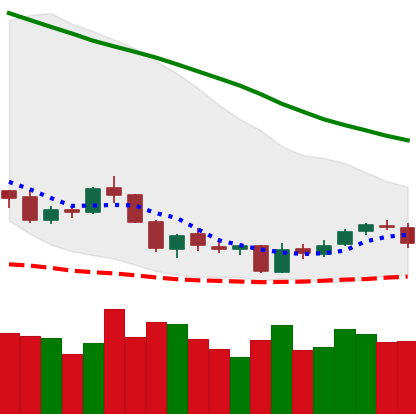
Ticker: NEO-USD
Chart end date: 2018-06-04
Forward return: -4.392%
Label: down_3_5